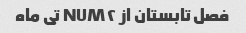
فصل تابستان از NUM۲ تی ماه